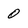
Character: 0